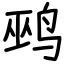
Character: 鹀